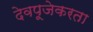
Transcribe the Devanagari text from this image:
देवपूजेकरता